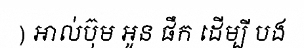
) អាល់ប៊ុម អូន ផឹក ដើម្បី បង